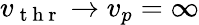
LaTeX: v_{\mathrm{~t~h~r~}}\to v_{p}=\infty